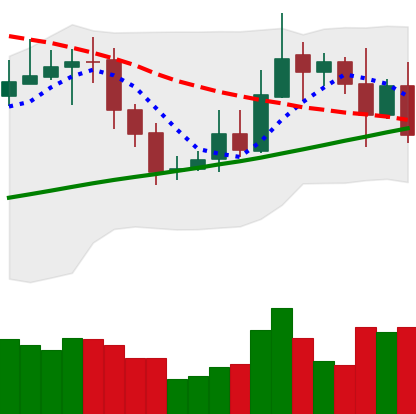
Ticker: XRP-USD
Chart end date: 2020-10-28
Forward return: -4.248%
Label: down_3_5